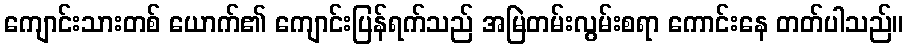
ကျောင်းသားတစ် ယောက်၏ ကျောင်းပြန်ရက်သည် အမြဲတမ်းလွမ်းစရာ ကောင်းနေ တတ်ပါသည်။